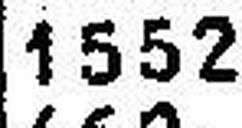
1552